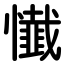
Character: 懴